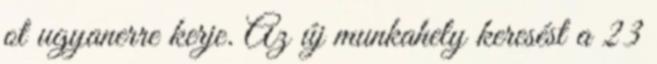
ot ugyanerre kerje. Az új munkahely keresést a 23